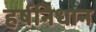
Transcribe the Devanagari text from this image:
हर्षनिधान